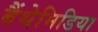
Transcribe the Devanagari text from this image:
बैंथेमिडिया